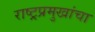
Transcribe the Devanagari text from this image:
राष्ट्रप्रमुखांचा